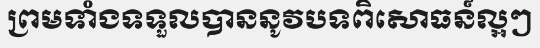
ព្រមទាំងទទួលបាននូវបទពិសោធន៍ល្អៗ